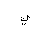
Letter: _ya